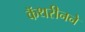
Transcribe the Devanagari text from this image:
कॅथरीनने